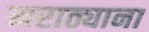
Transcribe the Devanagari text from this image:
मराठ्याना